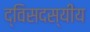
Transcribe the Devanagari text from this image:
द्विसदस्यीय